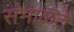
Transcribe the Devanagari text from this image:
संभाळते